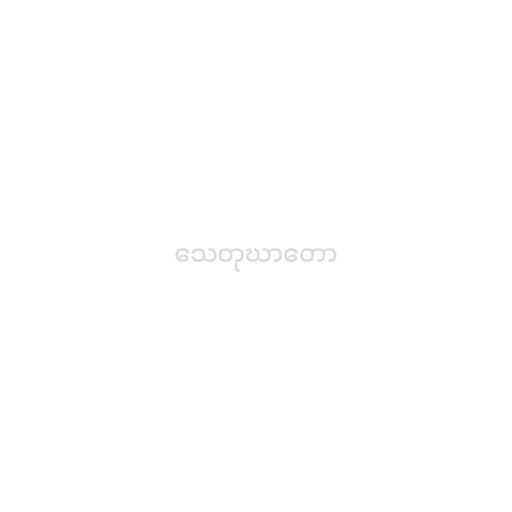
သေတုဃာတော